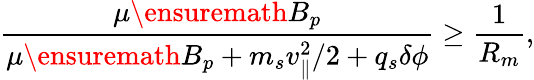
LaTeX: \frac{\mu\ensuremath{B_{p}}}{\mu\ensuremath{B_{p}}+m_{s}v_{\parallel}^{2}/2+q_{s}\delta\phi}\geq\frac{1}{R_{m}},